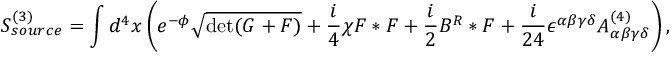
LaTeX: S _ { s o u r c e } ^ { ( 3 ) } = \int d ^ { 4 } x \left( e ^ { - \phi } \sqrt { \operatorname * { d e t } ( G + { \cal F } ) } + { \frac { i } { 4 } } \chi { \cal F } * { \cal F } + { \frac { i } { 2 } } B ^ { R } * { \cal F } + { \frac { i } { 2 4 } } \epsilon ^ { \alpha \beta \gamma \delta } A _ { \alpha \beta \gamma \delta } ^ { ( 4 ) } \right) ,